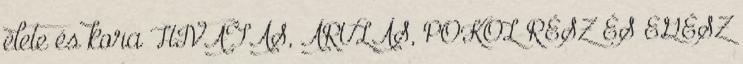
élete és kora HIVATÁS, ÁRULÁS, POKOL RÉSZ ÉS EGÉSZ